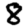
Digit: 8